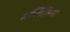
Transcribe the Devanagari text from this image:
मणिठिया